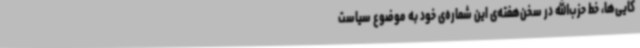
کایی‌ها، خط حزب‌الله در سخن‌هفته‌ی این شماره‌ی خود به موضوع سیاست